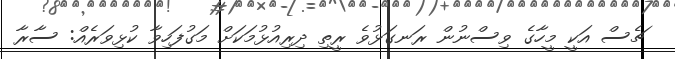
ޗެސް އަކީ މީހާގެ ވިސްނުން ރަނގަޅުވެ ރީތި ދިރިއުޅުމަކަށް މަގުފަހިވާ ކުޅިވަރެއް: ސާރާ